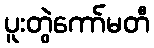
ပူးတွဲကော်မတီ